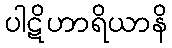
ပါဋိဟာရိယာနိ